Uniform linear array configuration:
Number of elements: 24
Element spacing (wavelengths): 1
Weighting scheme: hann
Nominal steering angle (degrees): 30
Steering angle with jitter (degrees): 31.416
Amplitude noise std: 0.05
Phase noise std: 0.05

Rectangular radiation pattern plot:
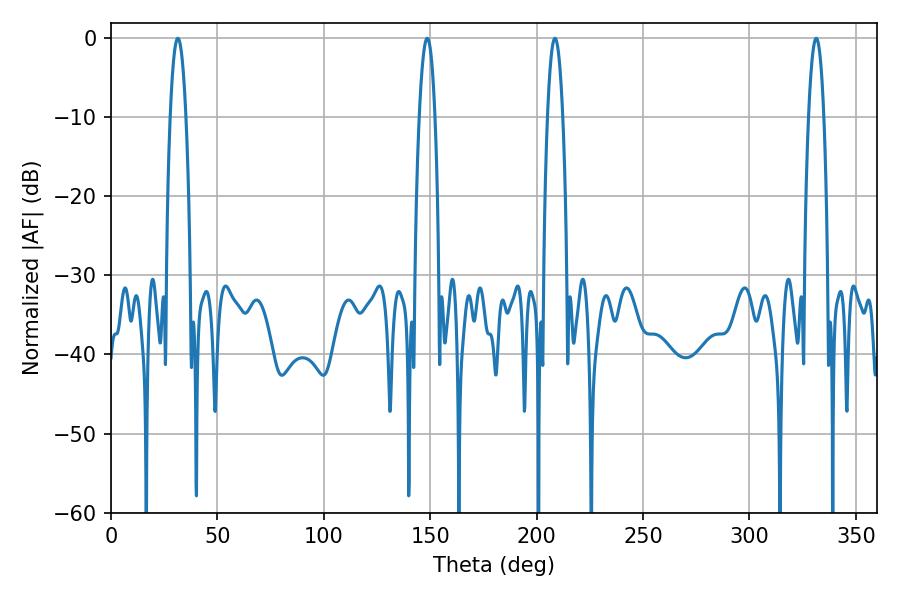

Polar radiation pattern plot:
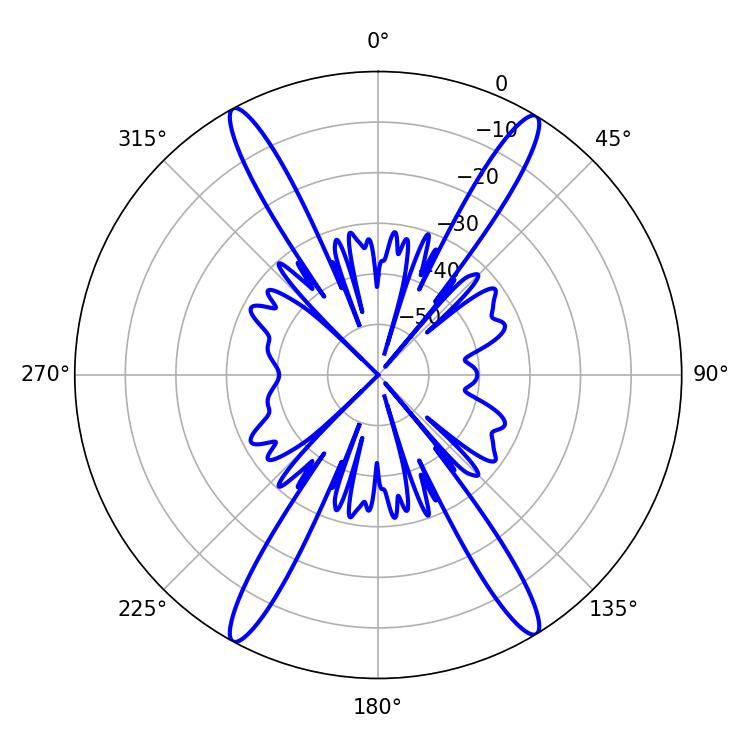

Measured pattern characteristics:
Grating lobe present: TRUE
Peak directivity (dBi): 23.647
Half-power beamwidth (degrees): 3.96
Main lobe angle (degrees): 208.62